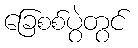
ခြေစစ်ပွဲတွင်